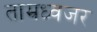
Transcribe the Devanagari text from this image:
ताम्रध्वजर